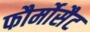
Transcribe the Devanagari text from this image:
फौर्मोसैट